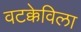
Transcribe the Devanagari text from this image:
वटक्केविला